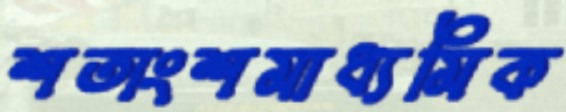
শতাংশমাধ্যমিক